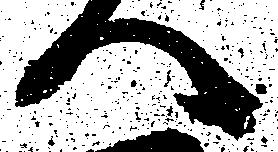
へ